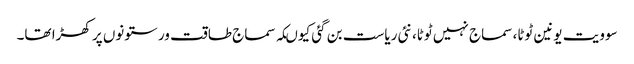
سوویت یونین ٹوٹا، سماج نہیں ٹوٹا، نئی ریاست بن گئی کیوںکہ سماج طاقت ور ستونوں پر کھڑا تھا۔